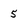
Character: 5